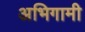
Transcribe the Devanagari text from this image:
अभिगामी